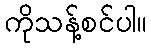
ကိုသန့်စင်ပါ။